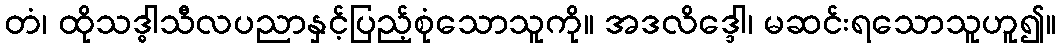
တံ၊ ထိုသဒ္ဓါသီလပညာနှင့်ပြည့်စုံသောသူကို။ အဒလိဒ္ဒေါ၊ မဆင်းရသောသူဟူ၍။